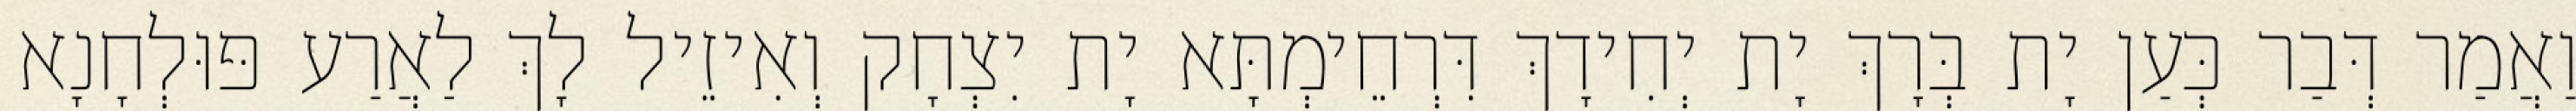
וַאֲמַר דְּבַר כְּעַן יָת בְּרָךְ יָת יְחִידָךְ דִּרְחֵימְתָּא יָת יִצְחָק וְאִיזֵיל לָךְ לַאֲרַע פּוּלְחָנָא